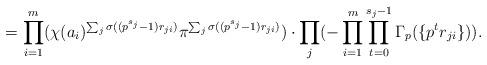
LaTeX: \begin{align*}=\prod_{i=1}^{m}(\chi(a_{i})^{\sum_{j}\sigma((p^{s_{j}}-1)r_{ji})}\pi^{\sum_{j}\sigma((p^{s_{j}}-1)r_{ji})})\cdot\prod_{j}(-\prod_{i=1}^{m}\prod_{t=0}^{s_{j}-1}\Gamma_{p}(\{p^{t}r_{ji}\})).\end{align*}